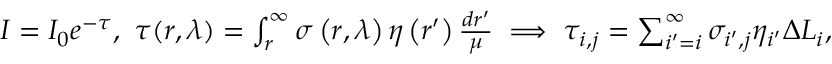
\begin{array} { r } { I = I _ { 0 } e ^ { - \tau } , \ \tau ( r , \lambda ) = \int _ { r } ^ { \infty } \sigma \left( r , \lambda \right) \eta \left( r ^ { \prime } \right) \frac { d r ^ { \prime } } { \mu } \implies \tau _ { i , j } = \sum _ { i ^ { \prime } = i } ^ { \infty } \sigma _ { i ^ { \prime } , j } \eta _ { i ^ { \prime } } \Delta L _ { i } , } \end{array}